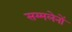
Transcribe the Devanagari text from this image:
सम्मलेनों